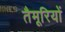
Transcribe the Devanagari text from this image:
तैमूरियों